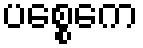
ပစ္စေကေ